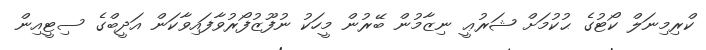
ކްރިމިނަލް ކޯޓުގެ ޙުކުމަށް ޝަރުޢީ ނިޒާމުން ބޭރުން މީހަކު ނުފޫޒުފޯރުވާފައިވާކަން އަދީބްގެ ސިޓީއިން